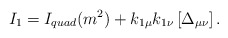
\begin{align*}I_{1}=I_{quad}(m^{2})+k_{1\mu }k_{1\nu }\left[ \Delta _{\mu \nu }\right] .\end{align*}